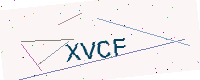
Text: XVCF